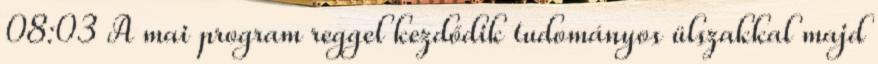
08:03 A mai program reggel kezdődik tudományos ülszakkal majd